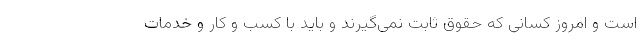
است و امروز کسانی که حقوق ثابت نمی‌گیرند و باید با کسب و کار و خدمات